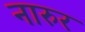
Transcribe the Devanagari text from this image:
नारुर